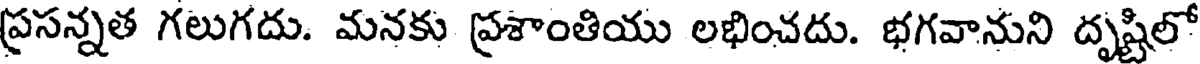
ప్రసన్నత గలుగదు. మనకు ప్రశాంతియు లభించదు. భగవానుని దృష్టిలో